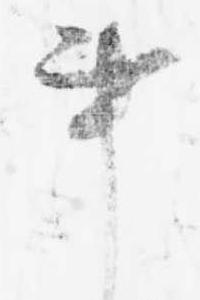
事